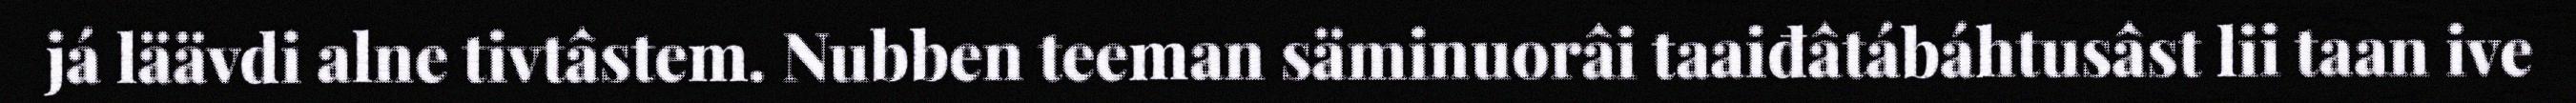
já läävdi alne tivtâstem. Nubben teeman säminuorâi taaiđâtábáhtusâst lii taan ive